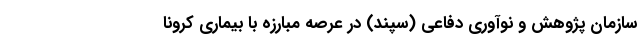
سازمان پژوهش و نوآوری دفاعی (سپند) در عرصه مبارزه با بیماری کرونا